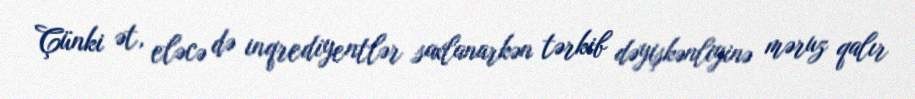
Çünki ət, eləcə də inqrediyentlər saxlanarkən tərkib dəyişkənliyinə məruz qalır